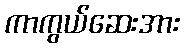
ကာကွယ်ဆေးအား